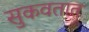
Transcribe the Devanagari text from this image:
सुकवतात